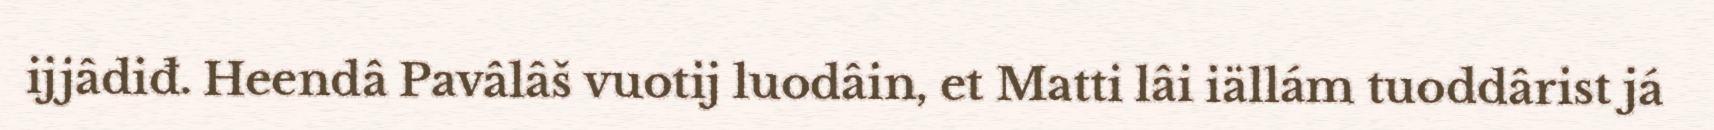
ijjâdiđ. Heendâ Pavâlâš vuotij luodâin, et Matti lâi iällám tuoddârist já